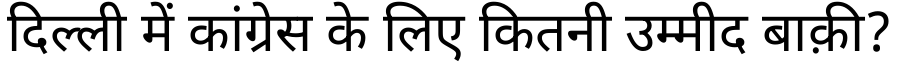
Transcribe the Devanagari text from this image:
दिल्ली में कांग्रेस के लिए कितनी उम्मीद बाक़ी?